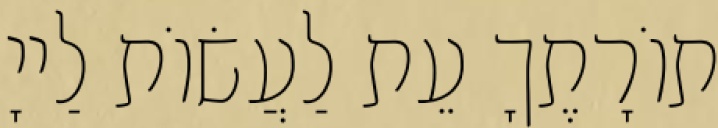
תוֹרָתֶךָ עֵת לַעֲשׂוֹת לַייָ